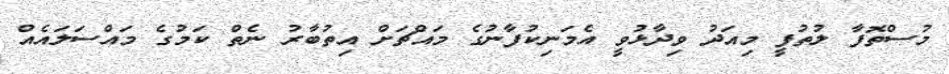
މުސްތޮފާ ލުތުފީ މިއަދު ވިދާޅުވީ އެމަނިކުފާނުގެ މައްޗަށް އިތުބާރު ނެތް ކަމުގެ މައްސަލައެއް